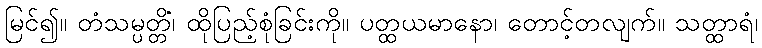
မြင်၍။ တံသမ္ပတ္တိံ၊ ထိုပြည့်စုံခြင်းကို။ ပတ္ထယမာနော၊ တောင့်တလျက်။ သတ္ထာရံ၊